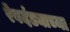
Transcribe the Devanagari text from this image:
रेवदंड्याच्या